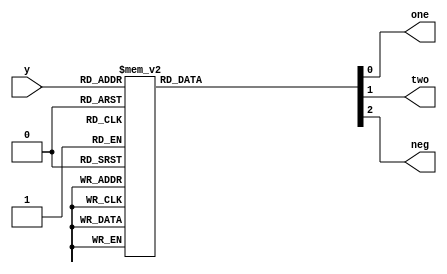
module encoder(
    y,
    one,
    two,
    neg
);
  input [2:0] y;
  output reg one;
  output reg two;
  output reg neg;

always @(*)
    begin
    case (y)
        3'b000: begin one = 0; two = 0; neg = 0; end // +0
        3'b001: begin one = 1; two = 0; neg = 0; end // +1A
        3'b010: begin one = 1; two = 0; neg = 0; end // +1A
        3'b011: begin one = 0; two = 1; neg = 0; end // +2A
        3'b100: begin one = 0; two = 1; neg = 1; end // -2A
        3'b101: begin one = 1; two = 0; neg = 1; end // -1A
        3'b110: begin one = 1; two = 0; neg = 1; end // -1A
        3'b111: begin one = 0; two = 0; neg = 0; end // -0A
        default: begin one = 0; two = 0; neg = 0;end // Default to +0X
    endcase
    end
endmodule